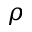
\rho